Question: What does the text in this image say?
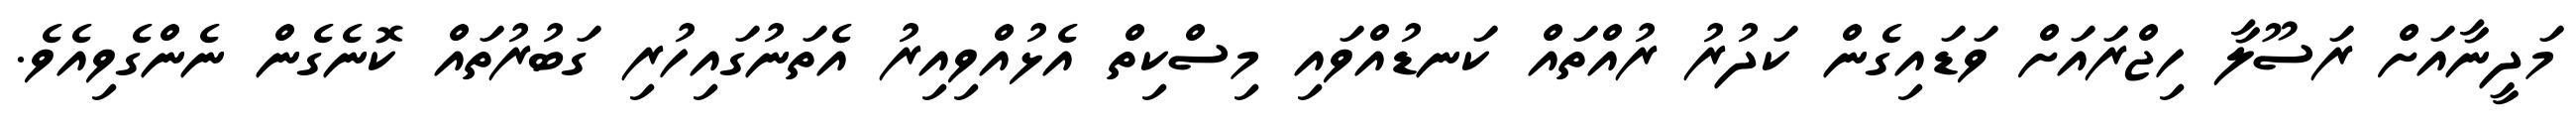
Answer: މަދީނާއަށް ރަސޫލާ ހިޖްރައަށް ވަޑައިގެން ކަދުރު ރުއްތައް ކަނޑުއްވައި މިސްކިތް އެޅުއްވިއިރު އެތަނުގައިހުރި ގަބުރުތައް ކޮނެގެން ނެންގެވިއެވެ.